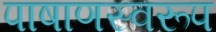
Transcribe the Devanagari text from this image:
पाषाणस्वरूप